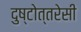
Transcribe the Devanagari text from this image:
दुष्टोत्तरेसी